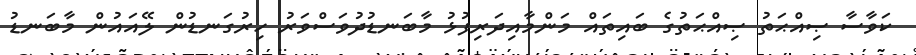
ކަވާސާ ޞިއްޙަތު ޞިއްޙަތުގެ ބައިތައް މަންމާއިދަރިފުޅު މާބަނޑުދުވަސްވަރު ހިރުގަނޑުން ލޭއައުން މާބަނޑު